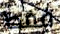
فقط